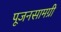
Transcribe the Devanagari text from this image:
पूजनसामग्री